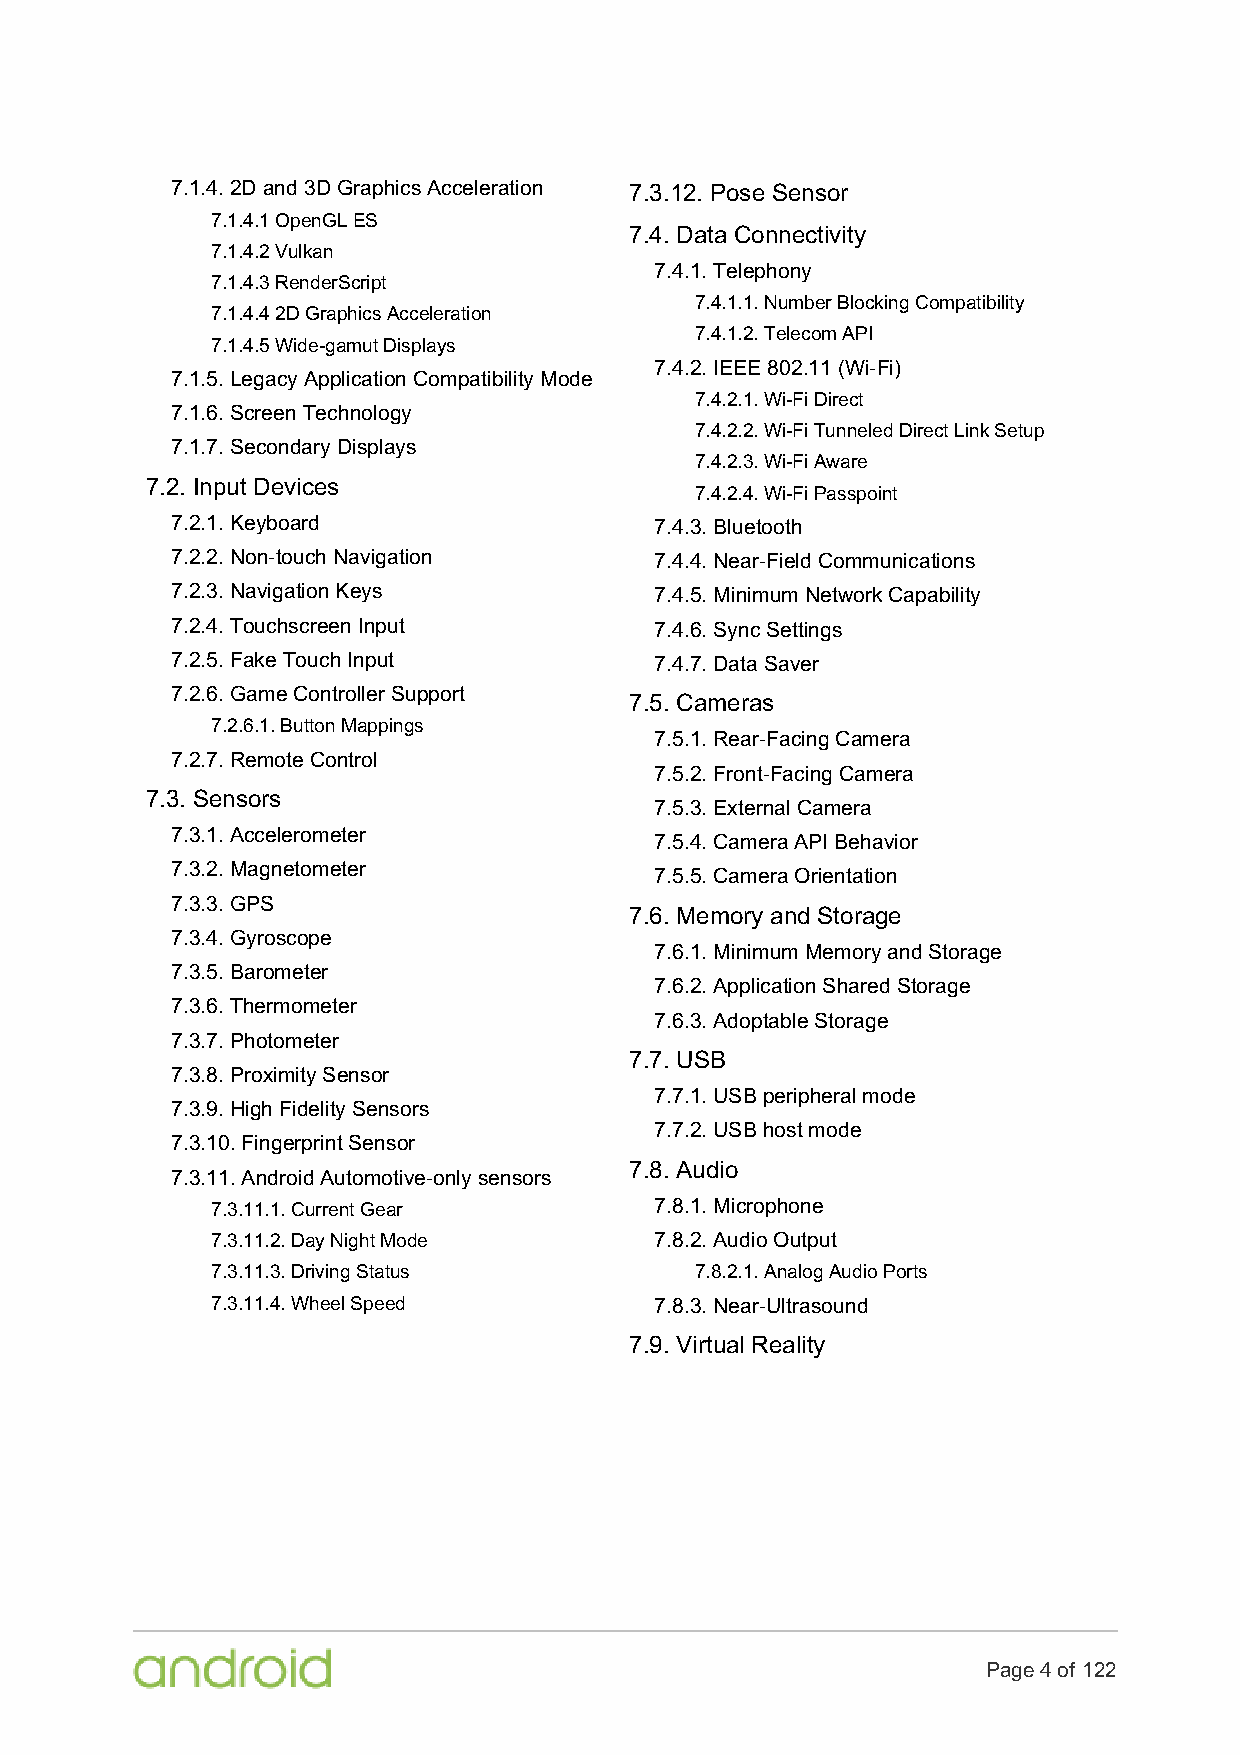
7.1.4. 2D and 3D Graphics Acceleration 7.3.12. Pose Sensor
 7.1.4.1 OpenGL ES
 7.4. Data Connectivity
 7.1.4.2 Vulkan
 7.4.1. Telephony
 7.1.4.3 RenderScript
 7.4.1.1. Number Blocking Compatibility
 7.1.4.4 2D Graphics Acceleration
 7.4.1.2. Telecom API
 7.1.4.5 Wide-gamut Displays
 7.4.2. IEEE 802.11 (Wi-Fi)
 7.1.5. Legacy Application Compatibility Mode
 7.4.2.1. Wi-Fi Direct
 7.1.6. Screen Technology
 7.4.2.2. Wi-Fi Tunneled Direct Link Setup
 7.1.7. Secondary Displays
 7.4.2.3. Wi-Fi Aware
 7.2. Input Devices
 7.4.2.4. Wi-Fi Passpoint
 7.2.1. Keyboard                 7.4.3. Bluetooth
 7.2.2. Non-touch Navigation     7.4.4. Near-Field Communications
 7.2.3. Navigation Keys          7.4.5. Minimum Network Capability
 7.2.4. Touchscreen Input        7.4.6. Sync Settings
 7.2.5. Fake Touch Input         7.4.7. Data Saver
 7.2.6. Game Controller Support
 7.5. Cameras
 7.2.6.1. Button Mappings
 7.5.1. Rear-Facing Camera
 7.2.7. Remote Control
 7.5.2. Front-Facing Camera
 7.3. Sensors
 7.5.3. External Camera
 7.3.1. Accelerometer
 7.5.4. Camera API Behavior
 7.3.2. Magnetometer
 7.5.5. Camera Orientation
 7.3.3. GPS
 7.6. Memory and Storage
 7.3.4. Gyroscope
 7.6.1. Minimum Memory and Storage
 7.3.5. Barometer
 7.6.2. Application Shared Storage
 7.3.6. Thermometer
 7.6.3. Adoptable Storage
 7.3.7. Photometer
 7.7. USB
 7.3.8. Proximity Sensor
 7.7.1. USB peripheral mode
 7.3.9. High Fidelity Sensors
 7.7.2. USB host mode
 7.3.10. Fingerprint Sensor
 7.8. Audio
 7.3.11. Android Automotive-only sensors
 7.3.11.1. Current Gear       7.8.1. Microphone
 7.3.11.2. Day Night Mode     7.8.2. Audio Output
 7.3.11.3. Driving Status        7.8.2.1. Analog Audio Ports
 7.3.11.4. Wheel Speed        7.8.3. Near-Ultrasound
 7.9. Virtual Reality
 Page 4 of 122